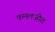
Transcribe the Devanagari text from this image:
कमलजीत